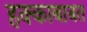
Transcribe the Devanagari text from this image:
हक्काबाबत